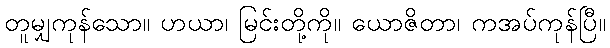
တူမျှကုန်သော။ ဟယာ၊ မြင်းတို့ကို။ ယောဇိတာ၊ ကအပ်ကုန်ပြီ။